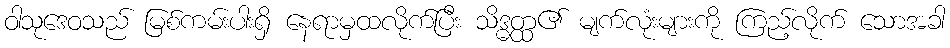
ဝါသုဒေဝသည် မြစ်ကမ်းပါးရှိ နေရာမှထလိုက်ပြီး သိဒ္ဓတ္ထ၏ မျက်လုံးများကို ကြည့်လိုက် သောအခါ